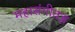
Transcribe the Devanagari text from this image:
महासंगीतज्ञ